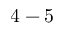
4 - 5